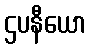
ဌပနီယော